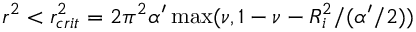
r ^ { 2 } < r _ { c r i t } ^ { 2 } = 2 \pi ^ { 2 } \alpha ^ { \prime } \operatorname * { m a x } ( \nu , 1 - \nu - R _ { i } ^ { 2 } / ( \alpha ^ { \prime } / 2 ) )